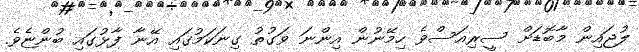
ލުޖައިން މާބޮޑަށް ސީރިއަސްވެ ހިމޭނުން އިންނަ ވަގުތު ގިނަކަމުގައި އޭނާ ފާޅުގައި ބުންޏެވެ.